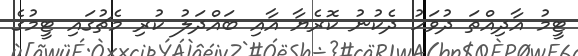
ޓީމު އާދިއްތަ ދުވަހު ދެކުނު ކޮރެޔާ އާއި ބައްދަލު ކުރި މެޗުގައި ޓީމުގެ